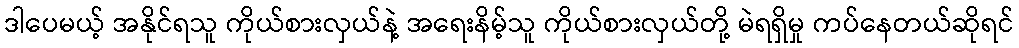
ဒါပေမယ့် အနိုင်ရသူ ကိုယ်စားလှယ်နဲ့ အရေးနိမ့်သူ ကိုယ်စားလှယ်တို့ မဲရရှိမှု ကပ်နေတယ်ဆိုရင်